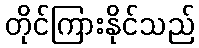
တိုင်ကြားနိုင်သည်